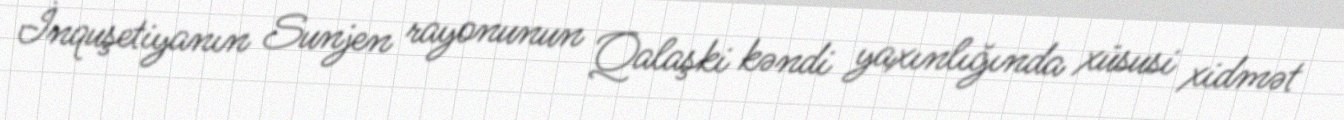
İnquşetiyanın Sunjen rayonunun Qalaşki kəndi yaxınlığında xüsusi xidmət